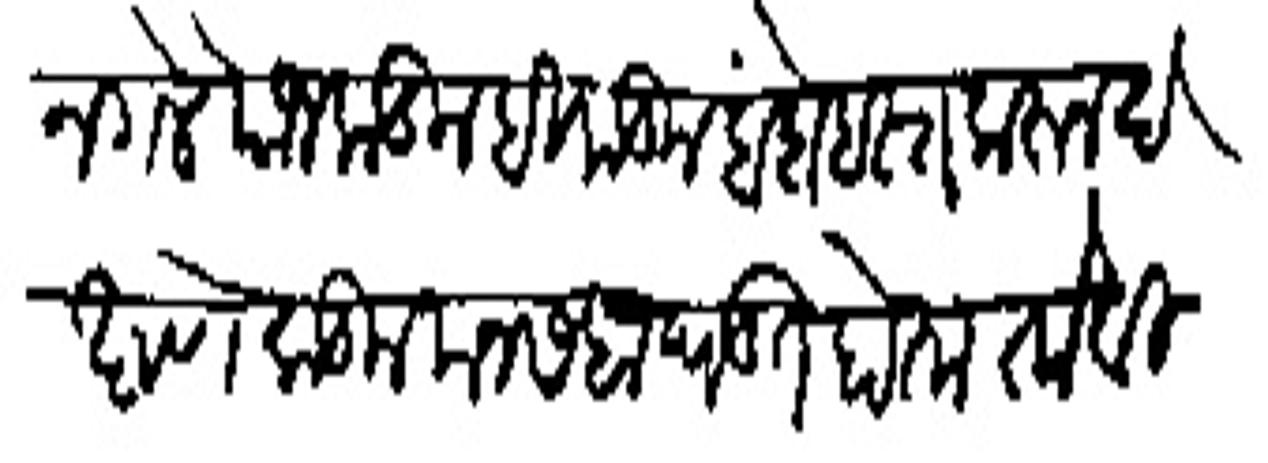
Transliteration (Devanagari): निघोन गेले याजकडील हिकडील बंदोबस्त करन दक्षणेकडील मनसबा घडत होता तो बिघड